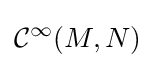
{\mathcal {C}}^{\infty }(M,N)